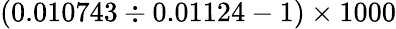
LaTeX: (0.010743\div 0.01124-1)\times 1000